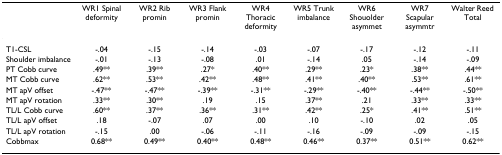
<table><thead><tr><td></td><td><b>WR1 Spinal deformity</b></td><td><b>WR2 Rib promin</b></td><td><b>WR3 Flank promin</b></td><td><b>WR4 Thoracic deformity</b></td><td><b>WR5 Trunk imbalance</b></td><td><b>WR6 Shouolder asymmet</b></td><td><b>WR7 Scapular asymmtr</b></td><td><b>Walter Reed Total</b></td></tr></thead><tbody><tr><td>T1-CSL</td><td>-.04</td><td>-.15</td><td>-.14</td><td>-.03</td><td>-.07</td><td>-.17</td><td>-.12</td><td>-.11</td></tr><tr><td>Shoulder imbalance</td><td>-.01</td><td>-.13</td><td>-.08</td><td>.01</td><td>-.14</td><td>.05</td><td>-.14</td><td>-.09</td></tr><tr><td>PT Cobb curve</td><td>.49**</td><td>.39**</td><td>.27*</td><td>.40**</td><td>.29**</td><td>.23*</td><td>.38**</td><td>.44**</td></tr><tr><td>MT Cobb curve</td><td>.62**</td><td>.53**</td><td>.42**</td><td>.48**</td><td>.41**</td><td>.40**</td><td>.53**</td><td>.61**</td></tr><tr><td>MT apV offset</td><td>-.47**</td><td>-.47**</td><td>-.39**</td><td>-.31**</td><td>-.29**</td><td>-.40**</td><td>-.44**</td><td>-.50**</td></tr><tr><td>MT apV rotation</td><td>.33**</td><td>.30**</td><td>.19</td><td>.15</td><td>.37**</td><td>.21</td><td>.33**</td><td>.33**</td></tr><tr><td>TL/L Cobb curve</td><td>.60**</td><td>.37**</td><td>.36**</td><td>.31**</td><td>.42**</td><td>.25*</td><td>.41**</td><td>.51**</td></tr><tr><td>TL/L apV offset</td><td>.18</td><td>-.07</td><td>.07</td><td>.00</td><td>.10</td><td>-.10</td><td>.02</td><td>.05</td></tr><tr><td>TL/L apV rotation</td><td>-.15</td><td>.00</td><td>-.06</td><td>-.11</td><td>-.16</td><td>-.09</td><td>-.09</td><td>-.15</td></tr><tr><td>Cobbmax</td><td>0.68**</td><td>0.49**</td><td>0.40**</td><td>0.48**</td><td>0.46**</td><td>0.37**</td><td>0.51**</td><td>0.62**</td></tr></tbody></table>